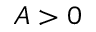
A > 0